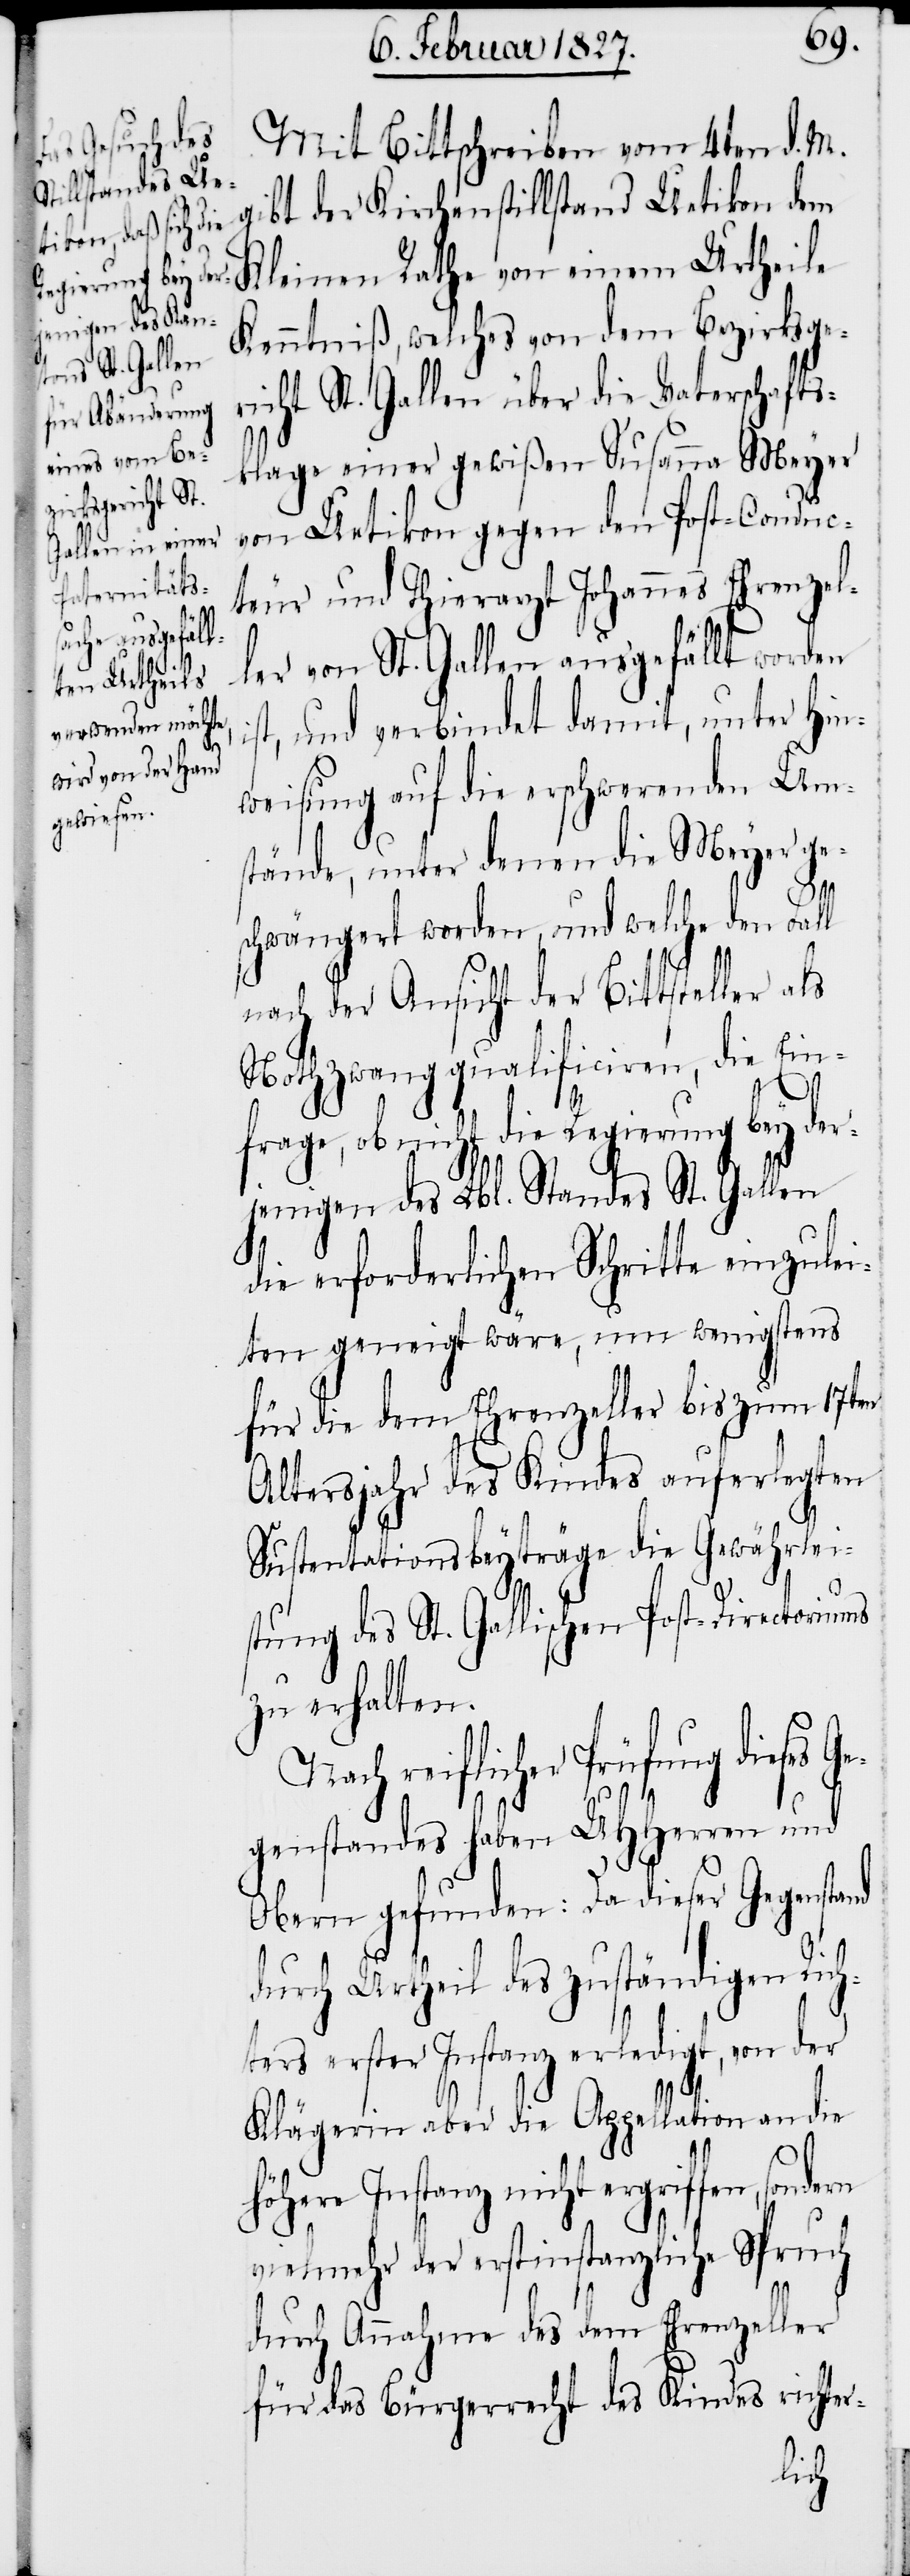
4ten d. M. gibt der Kirchenstillstand Uetikon d¬
em Kleinen Rathe von einem Urtheile
Kenntniß, welches von dem Bezirksge¬
richt St. Gallen über die Vaterschafts¬
klage einer gewißen Susanna Meyer
von Uetikon gegen den Post-Conduc¬
teur und Thierarzt Johannes Ehrenzel¬
ler von St. Gallen ausgefällt worden
ist, und verbindet damit, unter Hin¬
weisung auf die erschwerenden Um¬
stände, unter denen die Meyer ge¬
schwängert worden, und welche den Fall
nach der Ansicht der Bittsteller als
Nothzwang qualificiren, die Einf¬
Mit
rage, ob nicht die Regierung bey der¬
jenigen des Lbl. Standes St. Gallen
die erforderlichen Schritte einzulei¬
ten geneigt wäre, um wenigstens
für die dem Ehrenzeller bis zum 17ten
Altersjahr des Kindes auferlegten
Sustenationsbeyträge die Gewährlei¬
stung des St. Gallischen Post-Directoriums
zu erhalten.
Nach reiflicher Prüfung dieses Ge¬
genstandes haben UHHerren und
Obern gefunden: Da dieser Gegenstand
durch Urtheil des zuständigen Rich¬
ters erster Instanz erledigt, von der
Klägerin aber die Appellation an die
höhere Instanz nicht ergriffen,
vielmehr der erstinstanzliche Spruch
durch Annahme des dem Ehrenzeller
für das Bürgerrecht des Kindes richter-